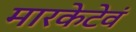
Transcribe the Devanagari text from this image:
मारकेटेवं